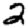
Digit: 2